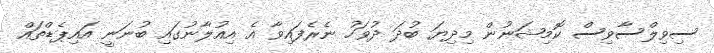
ސިވިލްސާވިސް ކޮމިޝަނުން މިދިޔަ ބުދަ ދުވަހު ނެރެފައިވާ އެ އިއުލާނުގައި ބުނަނީ އައިޕެޑްތައް